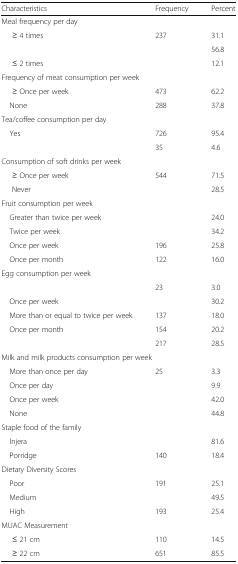
<table><thead><tr><td><b>Characteristics</b></td><td><b>Frequency</b></td><td><b>Percent</b></td></tr></thead><tbody><tr><td colspan="3">Meal frequency per day</td></tr><tr><td>≥ 4 times</td><td>237</td><td>31.1</td></tr><tr><td>[EMPTY_CELL]</td><td>[EMPTY_CELL]</td><td>56.8</td></tr><tr><td>≤ 2 times</td><td>[EMPTY_CELL]</td><td>12.1</td></tr><tr><td colspan="3">Frequency of meat consumption per week</td></tr><tr><td>≥ Once per week</td><td>473</td><td>62.2</td></tr><tr><td> None</td><td>288</td><td>37.8</td></tr><tr><td colspan="3">Tea/coffee consumption per day</td></tr><tr><td> Yes</td><td>726</td><td>95.4</td></tr><tr><td>[EMPTY_CELL]</td><td>35</td><td>4.6</td></tr><tr><td colspan="3">Consumption of soft drinks per week</td></tr><tr><td>≥ Once per week</td><td>544</td><td>71.5</td></tr><tr><td>Never</td><td>[EMPTY_CELL]</td><td>28.5</td></tr><tr><td colspan="3">Fruit consumption per week</td></tr><tr><td> Greater than twice per week</td><td>[EMPTY_CELL]</td><td>24.0</td></tr><tr><td> Twice per week</td><td>[EMPTY_CELL]</td><td>34.2</td></tr><tr><td> Once per week</td><td>196</td><td>25.8</td></tr><tr><td> Once per month</td><td>122</td><td>16.0</td></tr><tr><td colspan="3">Egg consumption per week</td></tr><tr><td>[EMPTY_CELL]</td><td>23</td><td>3.0</td></tr><tr><td> Once per week</td><td>[EMPTY_CELL]</td><td>30.2</td></tr><tr><td> More than or equal to twice per week</td><td>137</td><td>18.0</td></tr><tr><td> Once per month</td><td>154</td><td>20.2</td></tr><tr><td>[EMPTY_CELL]</td><td>217</td><td>28.5</td></tr><tr><td colspan="3">Milk and milk products consumption per week</td></tr><tr><td> More than once per day</td><td>25</td><td>3.3</td></tr><tr><td> Once per day</td><td>[EMPTY_CELL]</td><td>9.9</td></tr><tr><td> Once per week</td><td>[EMPTY_CELL]</td><td>42.0</td></tr><tr><td> None</td><td>[EMPTY_CELL]</td><td>44.8</td></tr><tr><td colspan="3">Staple food of the family</td></tr><tr><td> Injera</td><td>[EMPTY_CELL]</td><td>81.6</td></tr><tr><td> Porridge</td><td>140</td><td>18.4</td></tr><tr><td colspan="3">Dietary Diversity Scores</td></tr><tr><td> Poor</td><td>191</td><td>25.1</td></tr><tr><td> Medium</td><td>[EMPTY_CELL]</td><td>49.5</td></tr><tr><td> High</td><td>193</td><td>25.4</td></tr><tr><td colspan="3">MUAC Measurement</td></tr><tr><td>≤ 21 cm</td><td>110</td><td>14.5</td></tr><tr><td>≥ 22 cm</td><td>651</td><td>85.5</td></tr></tbody></table>